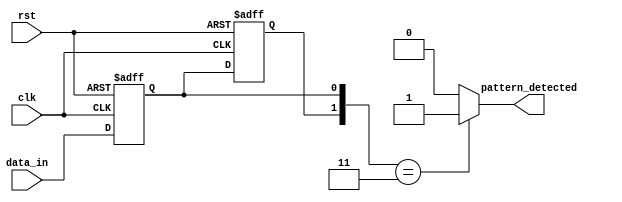
module dual_ff_detector (
    input wire clk,                // Clock signal
    input wire rst,                // Reset signal
    input wire data_in,            // Input data stream
    output reg pattern_detected     // Output signal indicating pattern detection
);
    // Parameters for the specific pattern to be detected
    parameter PATTERN = 2'b11;     // Example pattern to detect (can be modified)
    
    // Internal signals
    reg ff1, ff2;                  // Outputs of the dual flip-flops

    // Dual Flip-Flops for synchronization
    always @(posedge clk or posedge rst) begin
        if (rst) begin
            ff1 <= 1'b0;           // Reset flip-flop 1
            ff2 <= 1'b0;           // Reset flip-flop 2
        end else begin
            ff1 <= data_in;        // Sample input data into ff1
            ff2 <= ff1;            // Sample ff1 into ff2 for synchronization
        end
    end

    // Pattern Detection Logic
    always @(*) begin
        // Check if the synchronized output matches the predefined pattern
        if ({ff2, ff1} == PATTERN) begin
            pattern_detected = 1'b1; // Pattern detected
        end else begin
            pattern_detected = 1'b0; // No pattern detected
        end
    end
endmodule